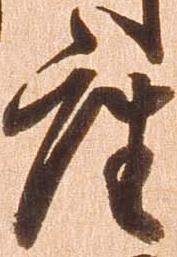
座